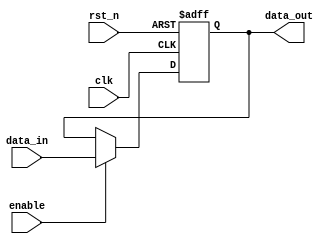
module output_register #(
    parameter DATA_WIDTH = 8  // Parameter to define the width of the data
) (
    input wire clk,            // Clock input
    input wire rst_n,         // Asynchronous active-low reset
    input wire enable,        // Enable signal
    input wire [DATA_WIDTH-1:0] data_in, // Data input
    output reg [DATA_WIDTH-1:0] data_out // Data output
);

    // Asynchronous reset and the clocking process
    always @(posedge clk or negedge rst_n) begin
        if (!rst_n) begin
            data_out <= {DATA_WIDTH{1'b0}}; // Reset output to zero
        end else if (enable) begin
            data_out <= data_in; // Store input data on clock edge if enabled
        end
        // If enable is low, data_out retains its previous value
    end

endmodule